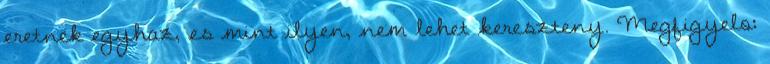
eretnek egyhaz, es mint ilyen, nem lehet kereszteny. Megfigyelo: